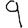
Digit: 9